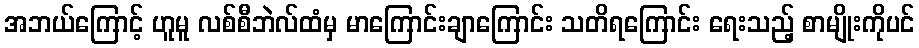
အဘယ်ကြောင့် ဟူမူ လစ်စီဘဲလ်ထံမှ မာကြောင်းချာကြောင်း သတိရကြောင်း ရေးသည့် စာမျိုးကိုပင်